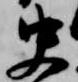
史